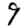
Digit: 9